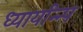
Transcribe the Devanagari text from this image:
ध्यायन्न्पि